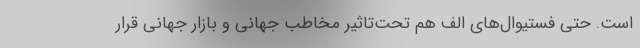
است. حتی فستیوال‌های الف هم تحت‌تاثیر مخاطب جهانی و بازار جهانی قرار